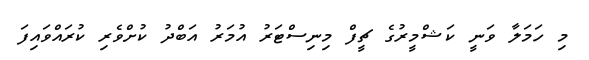
މި ހަމަލާ ވަނީ ކަޝްމީރުގެ ޗީފް މިނިސްޓަރު އުމަރު އަބްދު ކުށްވެރި ކުރައްވައިފަ